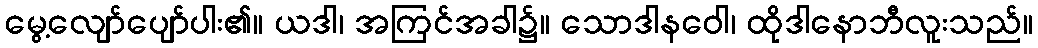
မွေ့လျော်ပျော်ပါး၏။ ယဒါ၊ အကြင်အခါ၌။ သောဒါနဝေါ၊ ထိုဒါနောဘီလူးသည်။